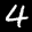
Label: 4